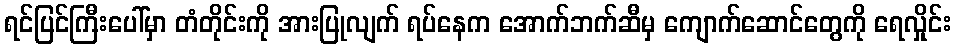
ရင်ပြင်ကြီးပေါ်မှာ တံတိုင်းကို အားပြုလျက် ရပ်နေက အောက်ဘက်ဆီမှ ကျောက်ဆောင်တွေကို ရေလှိုင်း